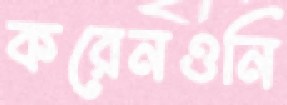
করেনওনি